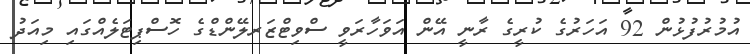
އުމުރުފުޅުން 92 އަހަރުގެ ކުރީގެ ރާނީ އޭން އަވަހާރަވީ ސްވިޓްޒަރލޭންޑްގެ ހޮސްޕިޓަލެއްގައި މިއަދު